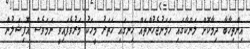
އިންތިހާބާ ދިމާކޮށް ލަންކާގައި ހަމަނުޖެހުންތައް ހިނގައި ހަތަރު މީހަކު މަރުވެފައިވީ ނަމަވެސް އޮފިޝަލުން